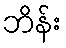
ဘိန်း